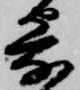
寄